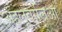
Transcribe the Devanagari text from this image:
अहलूवालिआ